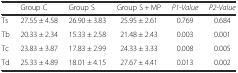
<table><thead><tr><td></td><td><b>Group C</b></td><td><b>Group S</b></td><td><b>Group S + MP</b></td><td><b><i>P1</i>-<i>Value</i></b></td><td><b><i>P2</i>-<i>Value</i></b></td></tr></thead><tbody><tr><td>Ts</td><td>27.55 ± 4.58</td><td>26.90 ± 3.83</td><td>25.95 ± 2.61</td><td>0.769</td><td>0.684</td></tr><tr><td>Tb</td><td>20.33 ± 2.34</td><td>15.33 ± 2.58</td><td>21.48 ± 2.43</td><td>0.003</td><td>0.001</td></tr><tr><td>Tc</td><td>23.83 ± 3.87</td><td>17.83 ± 2.99</td><td>24.33 ± 3.33</td><td>0.008</td><td>0.005</td></tr><tr><td>Td</td><td>25.33 ± 4.89</td><td>18.01 ± 4.15</td><td>27.67 ± 4.41</td><td>0.013</td><td>0.002</td></tr></tbody></table>